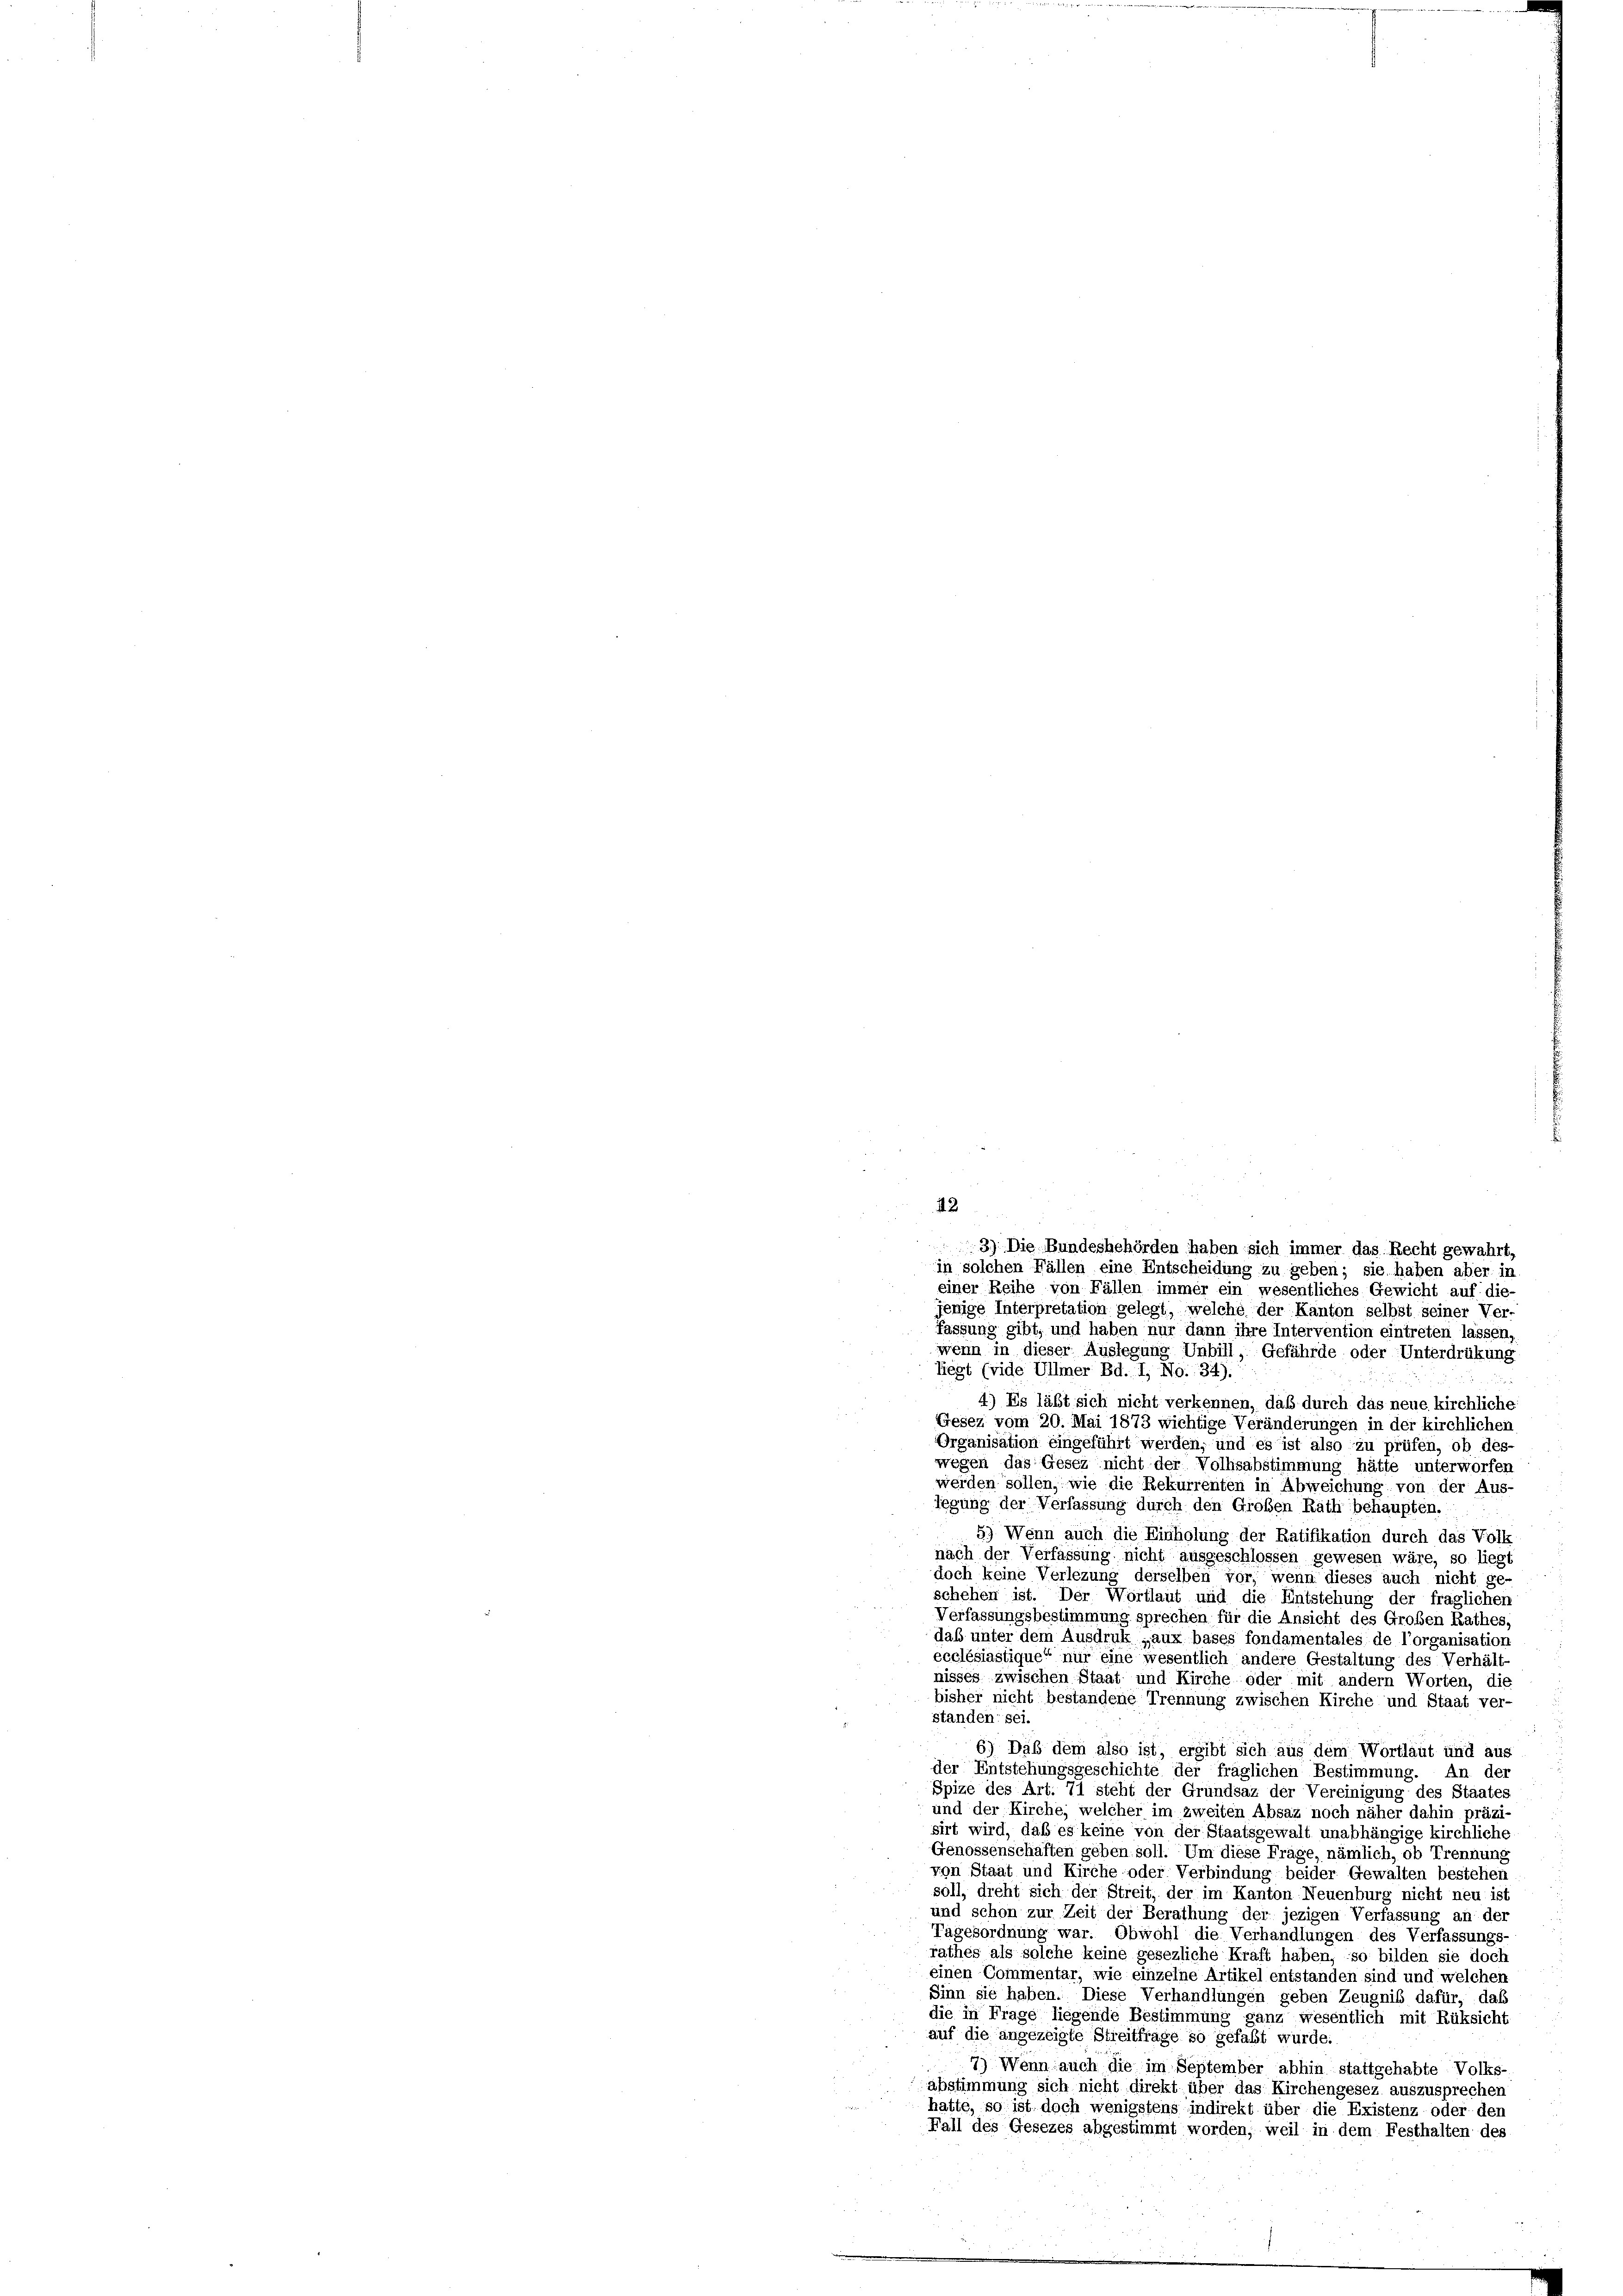
2
3) Die Bundesbehörden haben sich immer das Recht gewahrt,
in solchen Fällen eine Entscheidung zu geben; sie haben aber in

einer Reihe von Fällen immer ein wesentliches Gewicht auf die
jenige Interpretation gelegt, welche der Kanton selbst seiner Ver-
fassung gibt, und haben nur dann ihre Intervention eintreten lassen
wenn in dieser Auslegung Unbill, Gefährde oder Unterdrükung
liegt (vide Ullmer Bd. I, No. 34).
4.) Es läßt sich nicht verkennen, daß durch das neue kirchliche:
Gesez vom 20. Mai 1873 wichtige Veränderungen in der kirchlichen
Organisation eingeführt werden, und es ist also zu prüfen, ob des-
wegen das Gesez nicht der Volksabstimmung hätte unterworfen
werden sollen, wie die Rekurrenten in Abweichung von der Aus-
legung der Verfassung durch den Großen Rath behaupten
5) Wenn auch die Einholung der Ratifikation durch das Volk
nach der Verfassung nicht ausgeschlossen gewesen wäre, so liegt
doch keine Verlegung derselben vor, wenn dieses auch nicht ge-
schehen ist. Der Wortlaut und die Entstehung der fraglichen
Verfassungsbestimmung sprechen für die Ansicht des Großen Rathes,
dab unter dem Ausdruk „aux bases fondamentales de l’organisation
ecclésiastique“ nur eine wesentlich andere Gestaltung des Verhält-
nisses zwischen Staat und Kirche oder mit andern Worten, die
bisher nicht bestandene Trennung zwischen Kirche und Staat ver-
standen sei.
6) Daß dem also ist, ergibt sich aus dem Wortlaut und aus
der Entstehungsgeschichte der fräglichen Bestimmung. An der
Spize des Art. 71 steht der Grundsaz der Vereinigung des Staates
und der Kirche, welcher im zweiten Absaz noch näher dahin präzi-
sirt wird, daß es keine von der Staatsgewalt unabhängige kirchliche
Genossenschaften geben soll. Um diese Frage, nämlich, ob Trennung
von Staat und Kirche oder Verbindung beider Gewalten bestehen
soll, dreht sich der Streit, der im Kanton Neuenburg nicht neu ist
und schon zur Zeit der Berathung der jezigen Verfassung an der
Tagesordnung war. Obwohl die Verhandlungen des Verfassungs-
rathes als solche keine gesezliche Kraft haben, so bilden sie doch
einen Commentar, wie einzelne Artikel entstanden sind und welchen
Sinn sie haben. Diese Verhandlungen geben Zeugnis dafür, daß
die in Frage liegende Bestimmung ganz wesentlich mit Rüksicht
auf die angezeigte Streitfrage so gefaßt wurde.
7) Wenn auch die im September abhin stattgehabte Volks-
abstimmung sich nicht direkt über das Kirchengesez auszusprechen
hatte, so ist doch wenigstens indirekt über die Existenz oder den
Fall des Gesezes abgestimmt worden, weil in dem Festhalten des